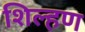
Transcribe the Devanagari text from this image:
शिल्हण